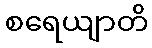
စရေယျာတိ